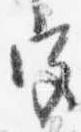
宮